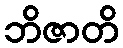
ဘိဇာတိ